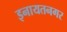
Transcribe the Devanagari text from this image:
इनायतनगर